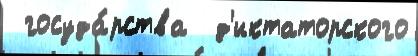
 госуда́рства  д'иктаторского